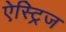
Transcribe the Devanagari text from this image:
ऐस्ट्रिज